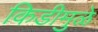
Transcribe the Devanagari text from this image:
किडीमुळे